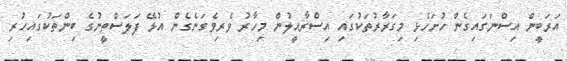
އަރަބީން އިސްނަގައިގެން ހުށަހެޅި މިގަރާރުތަކުގައި އިސްރާއީލުން މިހާރު ވެރިވެގަނެގެން އުޅޭ ފަލަސްތީނުގެ ބިންތަކުގައިހުރި